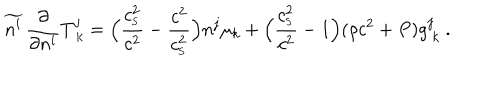
LaTeX: \widetilde { n ^ { i } } \, { \frac { \partial } { \partial n ^ { i } } } T _ { \ k } ^ { j } = \Big ( { \frac { c _ { _ \mathrm { S } } ^ { 2 } } { c ^ { 2 } } } - { \frac { c ^ { 2 } } { c _ { _ \mathrm { S } } ^ { 2 } } } \Big ) n ^ { j } \mu _ { k } + \Big ( { \frac { c _ { _ \mathrm { S } } ^ { 2 } } { c ^ { 2 } } } - 1 \Big ) ( \rho c ^ { 2 } + P ) g _ { \ k } ^ { j } \ .